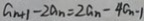
a _ { n + 1 } - 2 a _ { n } = 2 a _ { n } - 4 a _ { n } - 1